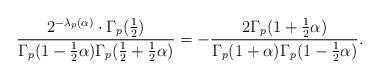
LaTeX: \begin{align*}\frac{2^{-\lambda_p(\alpha)}\cdot\Gamma_p(\frac12)}{\Gamma_p(1-\frac12\alpha)\Gamma_p(\frac12+\frac12\alpha)}=-\frac{2\Gamma_p(1+\frac12\alpha)}{\Gamma_p(1+\alpha)\Gamma_p(1-\frac12\alpha)}.\end{align*}